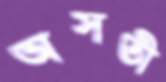
অসতী